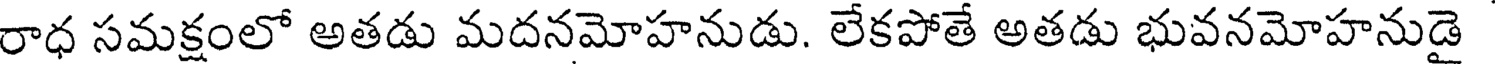
రాధ సమక్షంలో అతడు మదనమోహనుడు. లేకపోతే అతడు భువనమోహనుడై